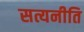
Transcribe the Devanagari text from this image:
सत्यनीति